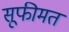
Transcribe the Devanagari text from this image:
सूफीमत